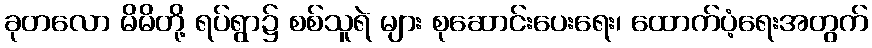
ခုတလော မိမိတို့ ရပ်ရွာ၌ စစ်သူရဲ များ စုဆောင်းပေးရေး၊ ထောက်ပံ့ရေးအတွက်